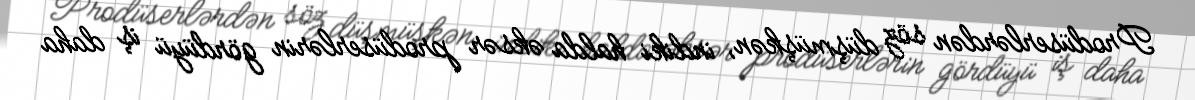
Prodüserlərdən söz düşmüşkən, indiki halda əksər prodüserlərin gördüyü iş daha